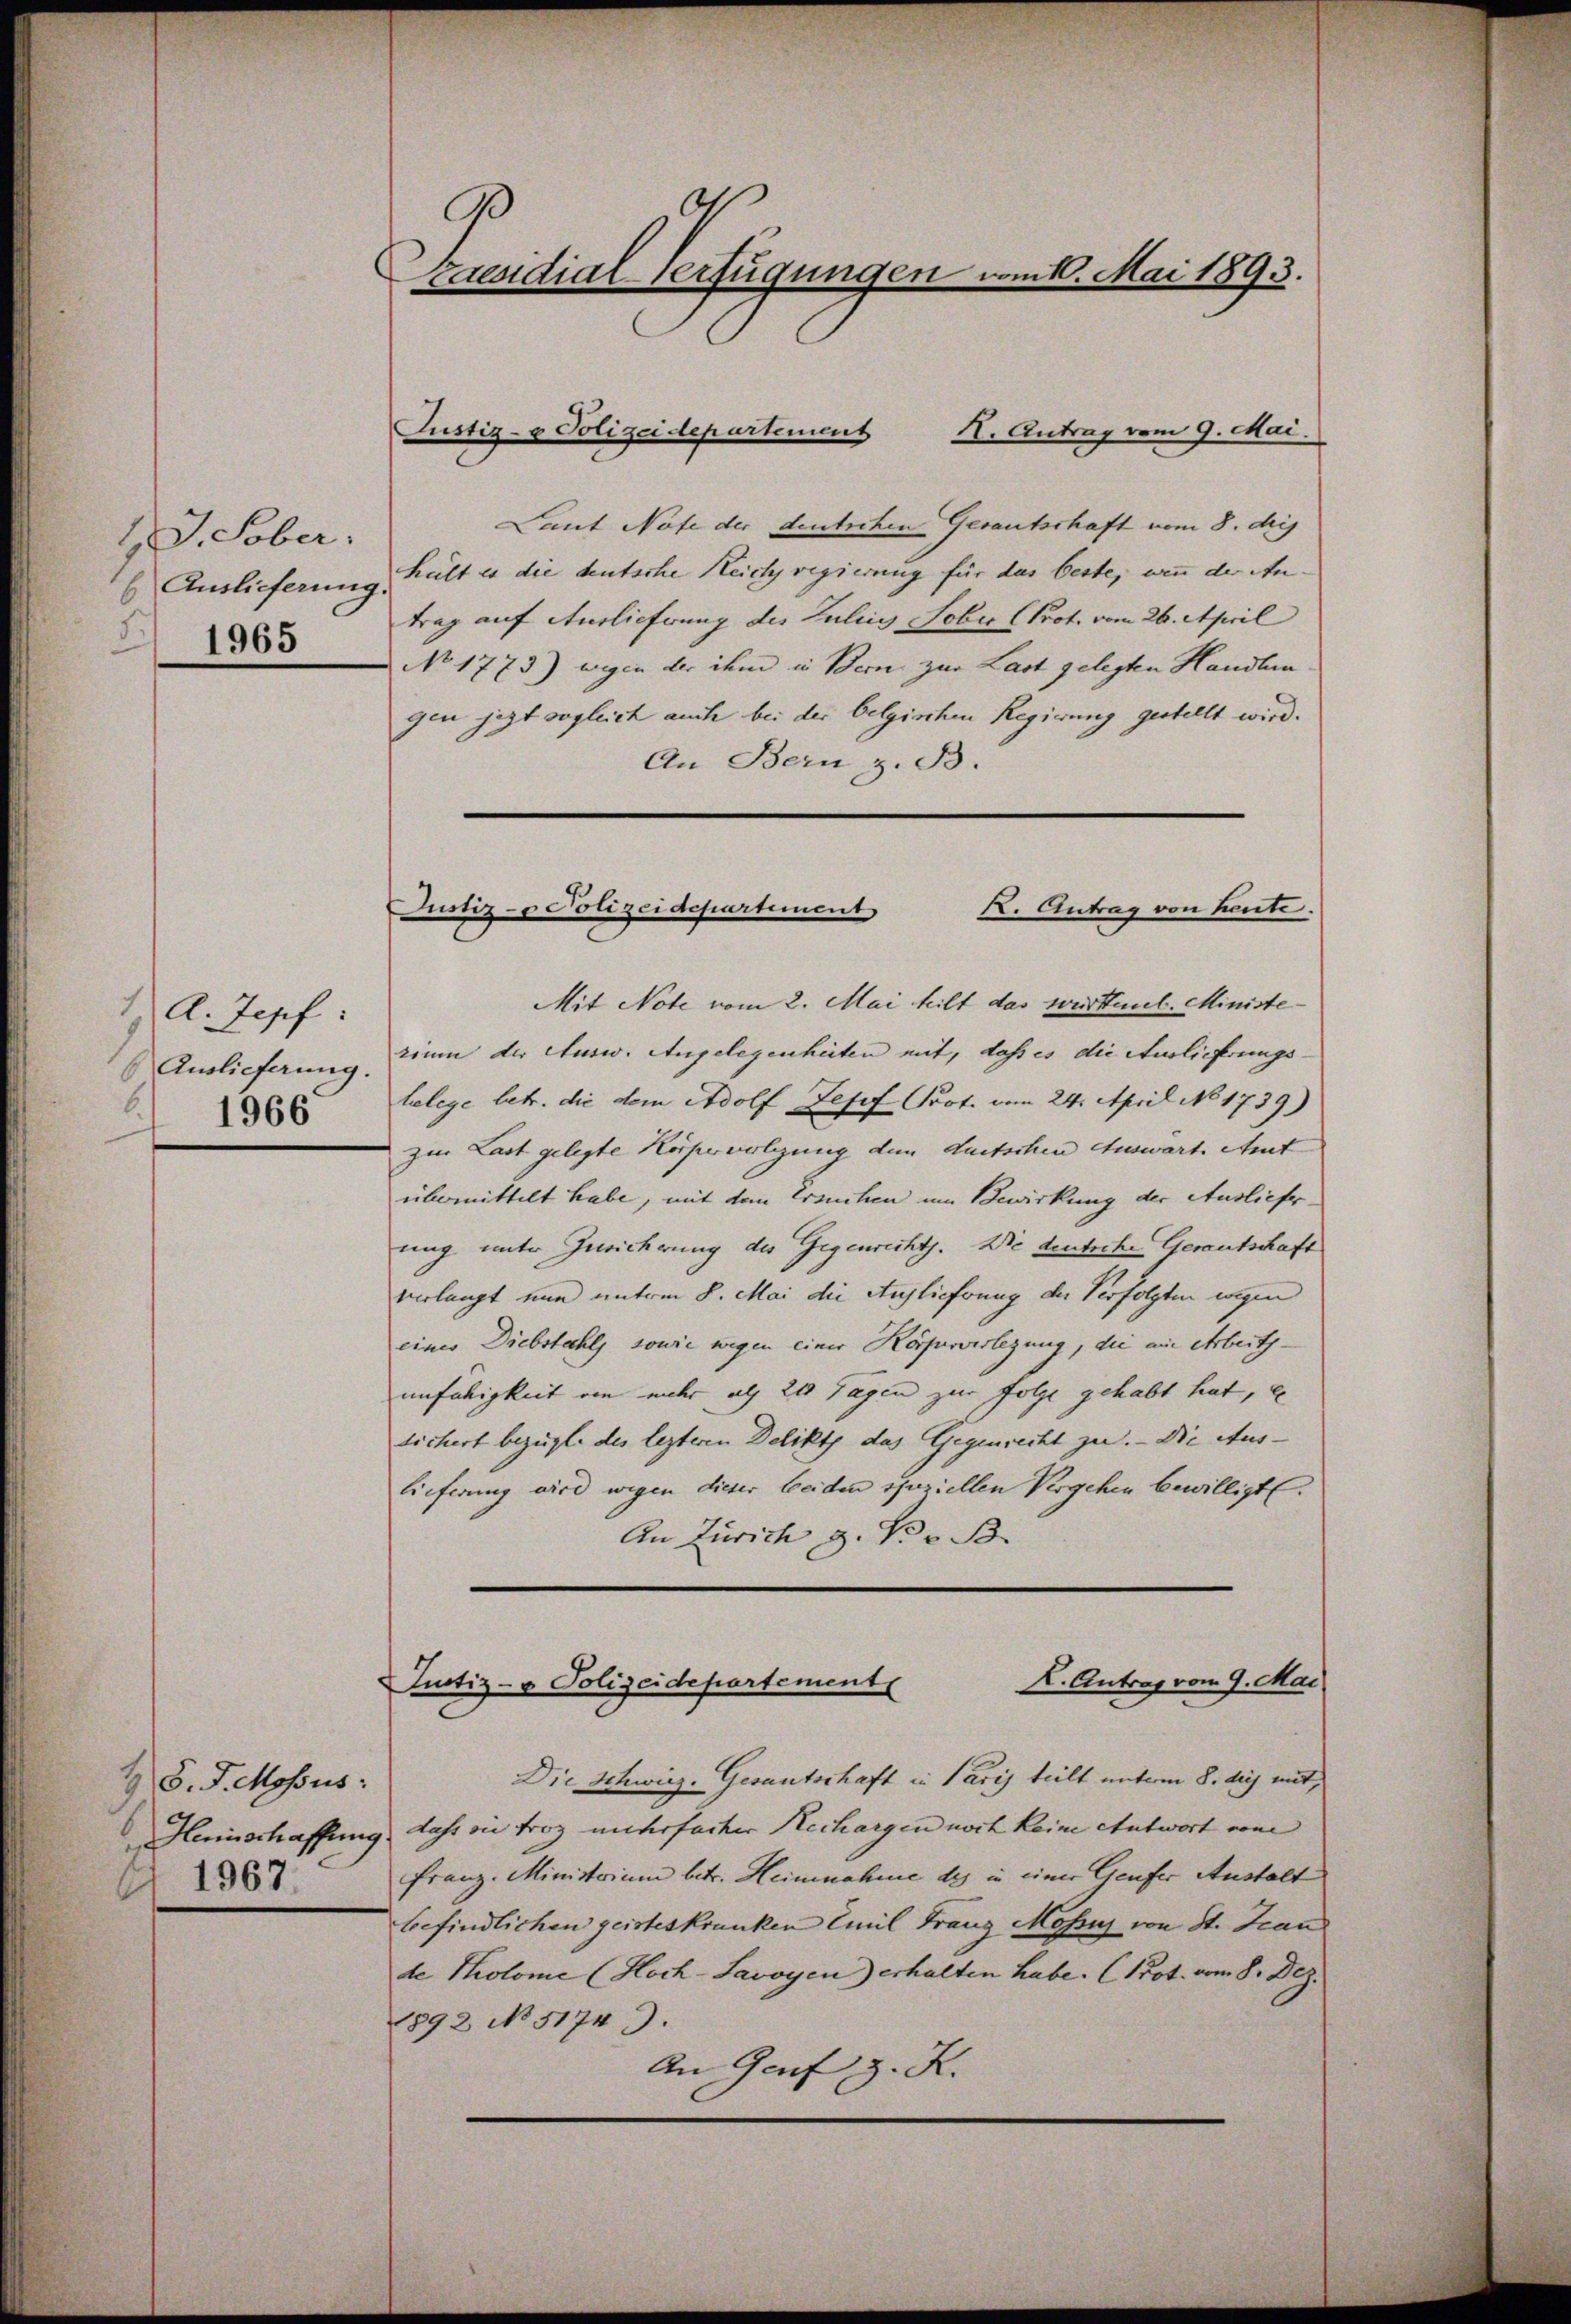
1 J. Sober.
 Auslieferung.
2
1965

A. Zopf:
Auslieferung.
6.
1966.

2
S. J. Mossus:
1967;

raesidial-Verfügungen vom 10. Mai 1893.

X. Antrag vom 9. Mai.
Laut Nofe der deutschen Gerautschaft vom 8. diej
hult es die deutsche Reich regierung für das beste, wenn der An
trag auf Auslieferung des Lulins Sobur (Prot. vom 26. April
No 1773) wegen der ihm in Bern zur Last gelegten Handlungen jezt sogleich auch bei der belgischen Regierung gestellt wird.
An Bern z. B.

Justiz- & Polizeidepartement

Mit Note vom 2. Mai heilt das weitet. Ministe
rium der Ausw. Angelegenheiten mit, dass es die Auslieferungs-
lelege betr. die dem Adolf Josef Prot. vom 24. April No 1739)
zur Last gelegte Körperverlegung dem duetschen Auswart. Amt
übermittelt habe, mit dem Ersuchen um Bewirkung der Ausliefer-
ung unter Zuricherung des Gegenrecht. Wie deutsche Gerutschaft
verlangt nun unterm 8. Mai die Auflicherung der Verfolgten wegen
eines Diebstahls sowie wegen einer Körperverlegung, die ein Arbeits-
unfähigkeit von mehr als 20 Tagen zur Folge gehabt hat, e
dichert bezügl. des lezteren Delikt das Gegenrecht zu. — Die Auslieferung wird wegen dieser beiden speziellen Vergehen bewilligt.
An Zürich z. Pr. B.

Justiz- & Polizeidepartement
K. Antrag von heute.

Justiz- & Polizeidepartement
K. Antrag vom 9. Mai

Die Schweiz. Gesantschaft in Paris teilt unterm 8. dies mit,
Hennschaffung dass sie froh unterfacher Rechargen noch keine Antwort von
Franz-Ministrium betr. Heinnahme des in einer Genfer Anstalt
befindlichen geisteskranken Emil Franz Mossi von St. Jean
de Tholome (Hoch-Savoyen) erhalten habe. (Prot. vom 8. Dez.
1892 No 51749.
An Genf z. K.